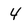
Character: 4